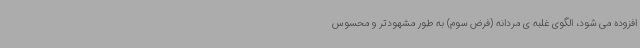
افزوده می شود، الگوی غلبه ی مردانه (فرض سوم) به طور مشهودتر و محسوس